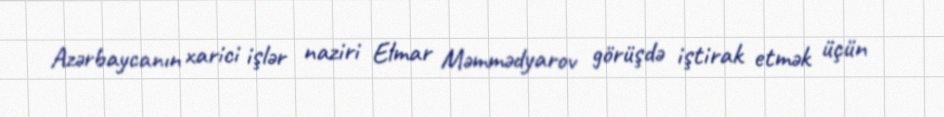
Azərbaycanın xarici işlər naziri Elmar Məmmədyarov görüşdə iştirak etmək üçün